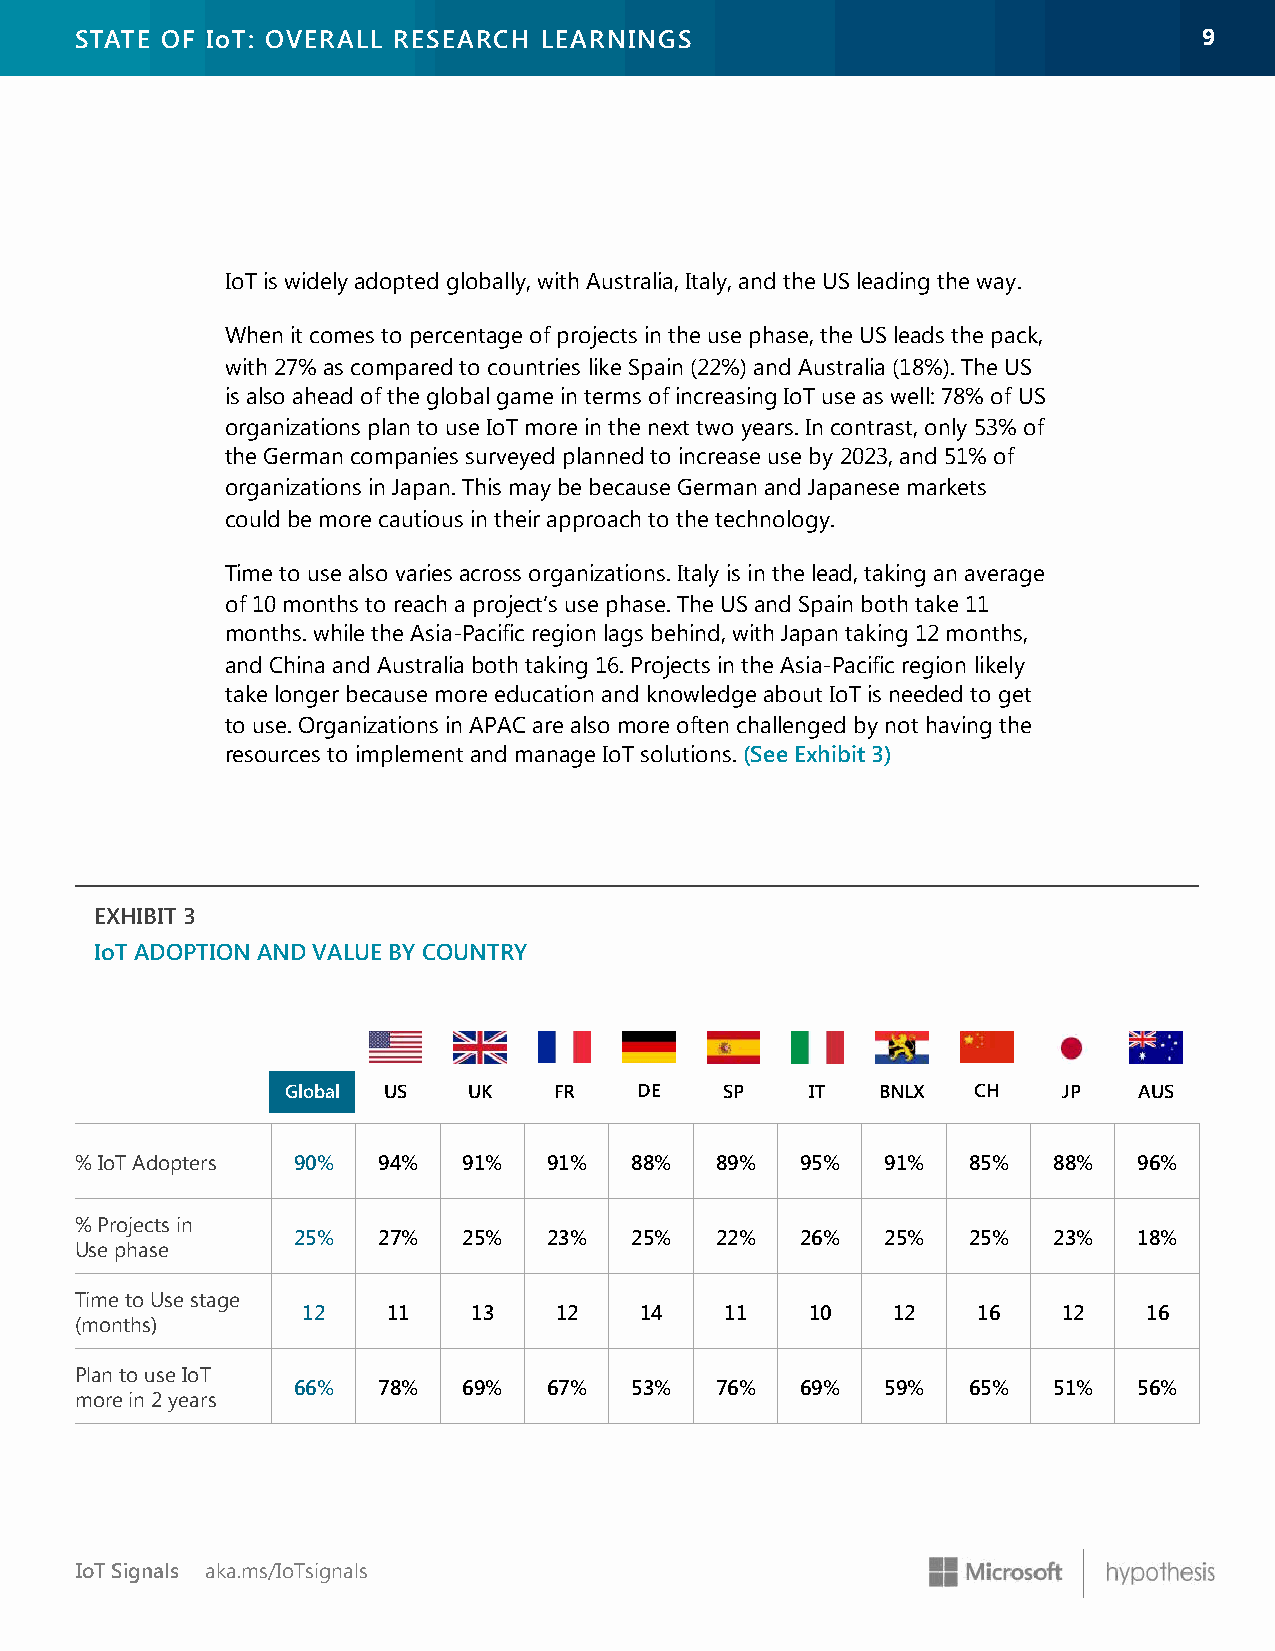
STATE OF IoT: OVERALL RESEARCH LEARNINGS                                   99
 IoT is widely adopted globally, with Australia, Italy, and the US leading the way.
 When it comes to percentage of projects in the use phase, the US leads the pack,
 with 27% as compared to countries like Spain (22%) and Australia (18%). The US
 is also ahead of the global game in terms of increasing IoT use as well: 78% of US
 organizations plan to use IoT more in the next two years. In contrast, only 53% of
 the German companies surveyed planned to increase use by 2023, and 51% of
 organizations in Japan. This may be because German and Japanese markets
 could be more cautious in their approach to the technology.
 Time to use also varies across organizations. Italy is in the lead, taking an average
 of 10 months to reach a project’s use phase. The US and Spain both take 11
 months. while the Asia-Pacific region lags behind, with Japan taking 12 months,
 and China and Australia both taking 16. Projects in the Asia-Pacific region likely
 take longer because more education and knowledge about IoT is needed to get
 to use. Organizations in APAC are also more often challenged by not having the
 resources to implement and manage IoT solutions. (See Exhibit 3)
 EXHIBIT 3
 IoT ADOPTION AND VALUE BY COUNTRY
 Global US   UK    FR   DE    SP    IT  BNLX   CH   JP   AUS
 % IoT Adopters 90%  94%   91%  91%   88%  89%   95%   91%  85%   88%  96%
 % Projects in
 25%   27%   25%  23%   25%  22%   26%   25%  25%   23%  18%
 Use phase
 Time to Use stage
 12    11   13    12   14    11    10   12    16   12    16
 (months)
 Plan to use IoT
 66%   78%   69%  67%   53%  76%   69%   59%  65%   51%  56%
 more in 2 years
 IoT Signals aka.ms/IoTsignals